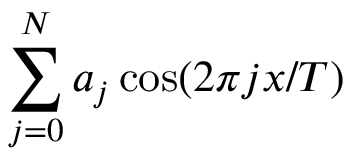
\sum _ { j = 0 } ^ { N } a _ { j } \cos ( 2 \pi j x / T )